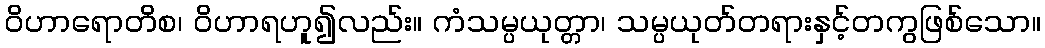
ဝိဟာရောတိစ၊ ဝိဟာရဟူ၍လည်း။ ကံသမ္ပယုတ္တာ၊ သမ္ပယုတ်တရားနှင့်တကွဖြစ်သော။